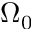
\Omega _ { 0 }